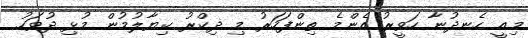
މިއީ ހެނދުނާ ހަވީރު އެންމެ ތިންފަހަރު މި ޛިކްރު ކިޔާލުމުން މުޅި ދުވަހު